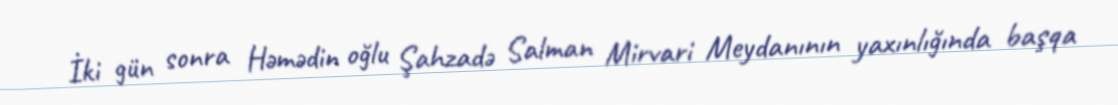
İki gün sonra Həmədin oğlu Şahzadə Salman Mirvari Meydanının yaxınlığında başqa